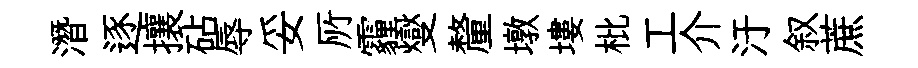
潛逐攘砧辱妥𠩄霾燮釐墩塿枇工介汙叙蔗